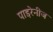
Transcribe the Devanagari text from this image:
पाइरेनीज